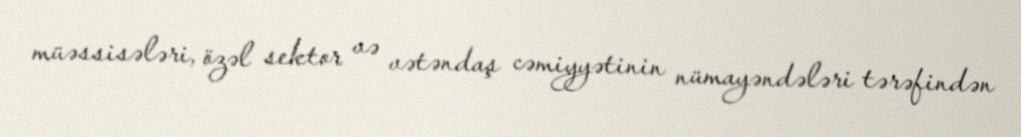
müəssisələri, özəl sektor və vətəndaş cəmiyyətinin nümayəndələri tərəfindən